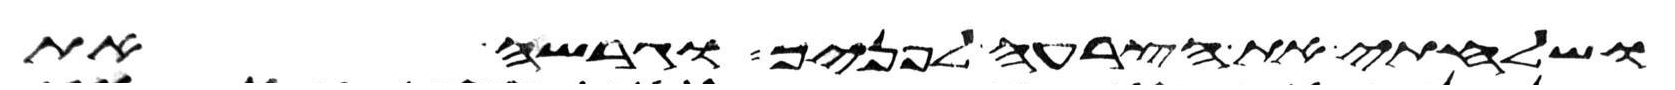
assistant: ושלחתי את הצרעה לפניך וגרשה את